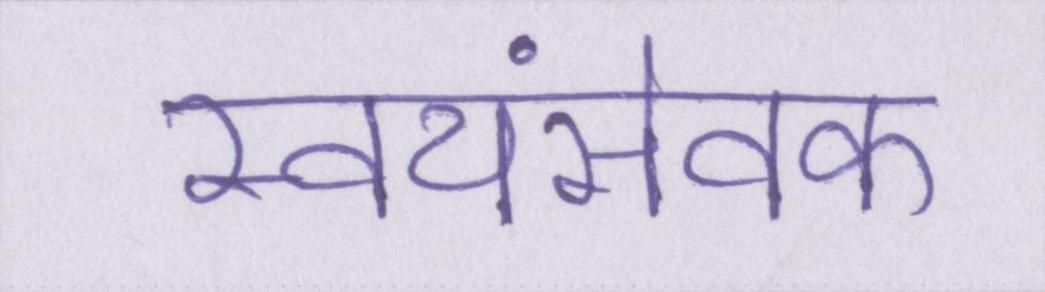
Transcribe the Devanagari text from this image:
स्वयंसेवक